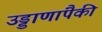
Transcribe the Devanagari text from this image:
उड्डाणांपैकी